Scottish Leaving Certificate Examination, 1959
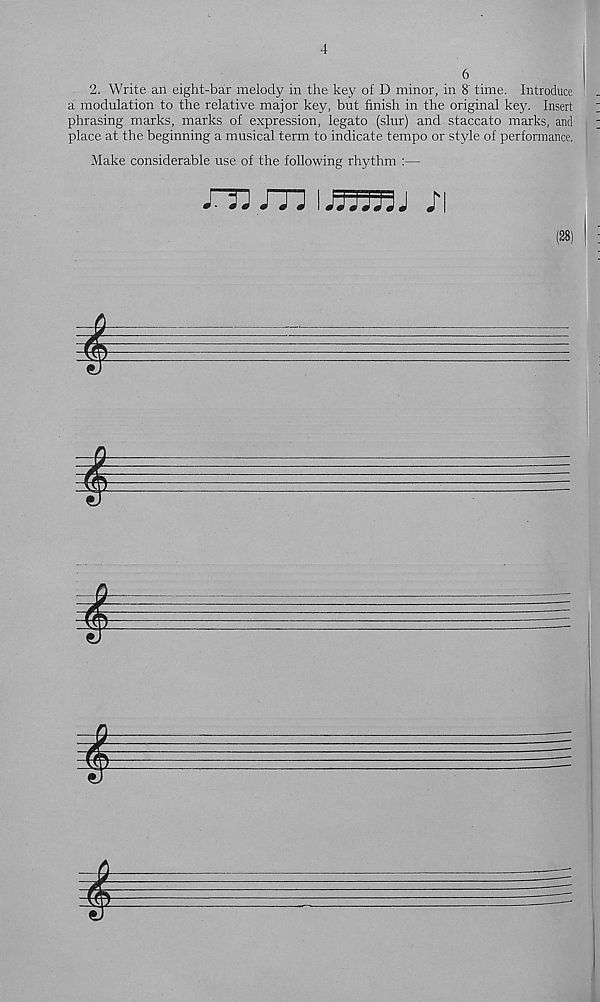
4
6
2. Write an eight-bar melody in the key of D minor, in 8' time. Introduce
a modulation to the relative major key, but finish in the original key. Insert
phrasing marks, marks of expression, legato (slur) and staccato marks, and
place at the beginning a musical term to indicate tempo or style of performance,
Make considerable use of the following rhythm :—
m jtj uTjmj /i